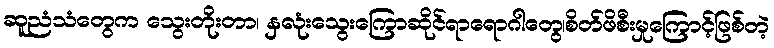
ဆူညံသံတွေက သွေးတိုးတာ၊ နှလုံးသွေးကြောဆိုင်ရာရောဂါတွေ၊စိတ်ဖိစီးမှုကြောင့်ဖြစ်တဲ့